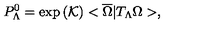
P _ { \Lambda } ^ { 0 } = \exp \left( \mathcal { K } \right) < \overline { { \Omega } } | T _ { \Lambda } \Omega > ,